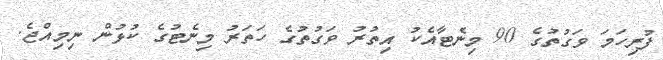
ފުރިހަމަ ވަގުތުގެ 90 މިނެޓާއެކު އިތުރު ވަގުތުގެ ހަތަރު މިނެޓުގެ ކުޅުން ނިމިއްޖެ.